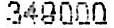
349000